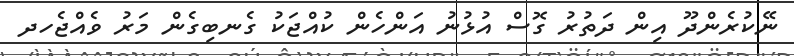
ނޭކުރެންދޫ އިން ދަތުރު ގޮސް އުޅުނު އަންހެން ކުއްޖަކު ގެނބިގެން މަރު ވެއްޖެހދ